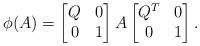
LaTeX: \begin{align*}\phi(A) = \begin{bmatrix} Q & 0 \\ 0 & 1 \end{bmatrix} A \begin{bmatrix} Q^T & 0 \\ 0 & 1 \end{bmatrix}.\end{align*}